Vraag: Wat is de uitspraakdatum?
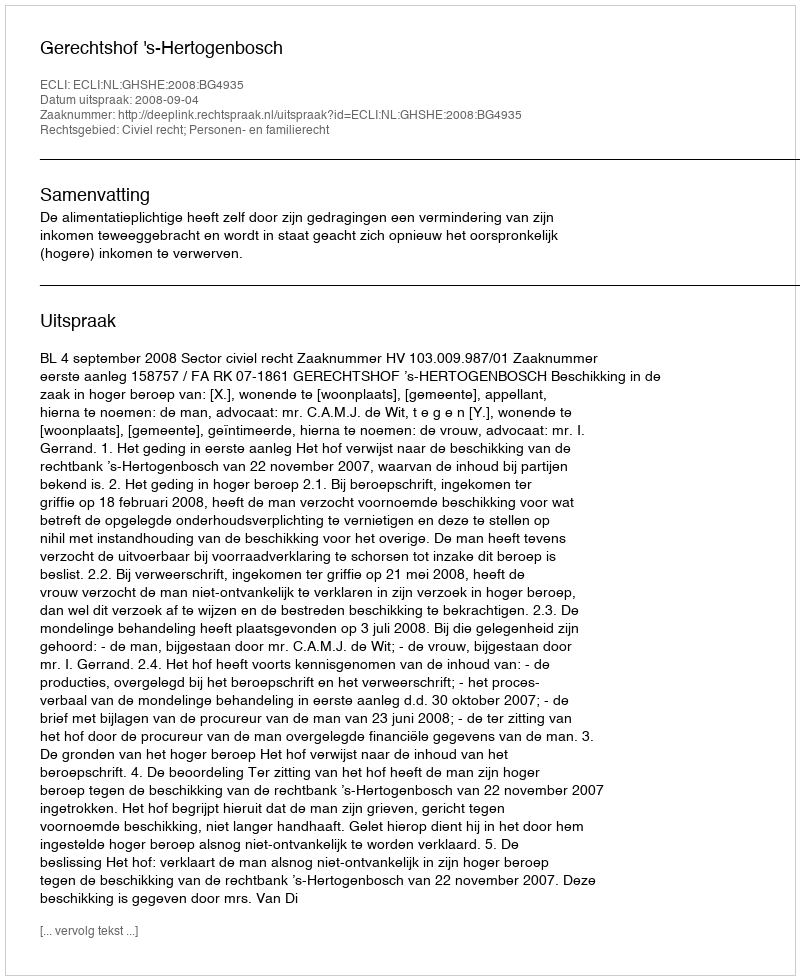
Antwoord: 2008-09-04